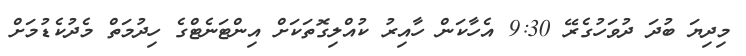
މިދިޔަ ބުދަ ދުވަހުގެރޭ 9:30 އެހާކަން ހާއިރު ކުއްލިގޮތަކަށް އިންޓަނެޓްގެ ހިދުމަތް މެދުކެޑުމަށް